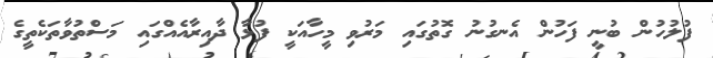
ފުލުހުން ބުނީ ފަހުން އެނގުނު ގޮތުގައި މަރުވި މީހާއަކީ ފުޅާ ދާއިރާއެއްގައި މަސްތުވާތަކެތީގެ